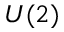
U ( 2 )